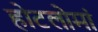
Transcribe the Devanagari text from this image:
होटलोमां